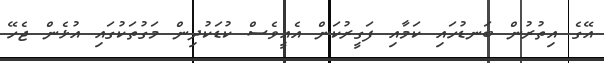
އޭގެ އިތުރުން ބަނޑުހައި ކަމާއި ފަގީރުކަން އެއީވެސް ކުޑަކުދިން މަގުތަކުގައި އުޅެން ޖެހޭ